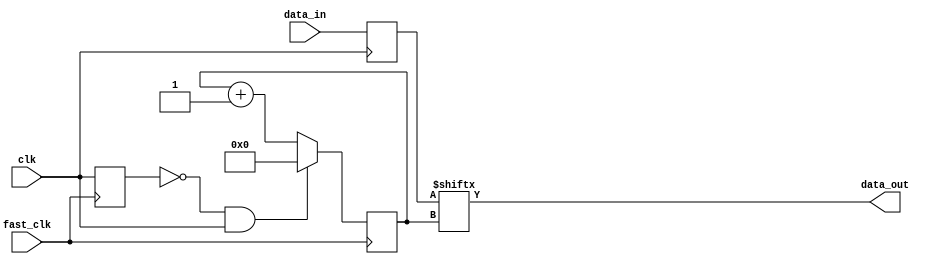
module serializer #(
	parameter LOG_DWIDTH=7,
	parameter DWIDTH=64
)
(
	input wire clk,
	input wire fast_clk,
	input wire [DWIDTH-1:0] data_in,
	output wire data_out
);

reg [DWIDTH-1:0] buffer;

// SEQUENTIAL PROCESS
always @ (posedge clk)
begin
	buffer <= data_in;
end

reg [LOG_DWIDTH-1:0] curr_bit = 'h0;
reg clk_d1;

always @ (posedge fast_clk)
begin
	curr_bit <= curr_bit + 1;
	clk_d1 <= clk;
	if (!clk_d1 && clk)
		curr_bit <= 0;
end

assign data_out = buffer[curr_bit];

endmodule